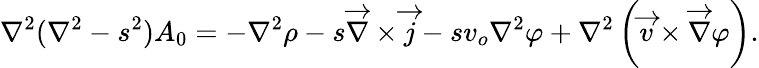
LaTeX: \nabla^{2}(\nabla^{2}-s^{2})A_{0}=-\nabla^{2}\rho-s\overrightarrow{\nabla}\times\overrightarrow{j}-sv_{o}\nabla^{2}\varphi+\nabla^{2}\left(\overrightarrow{v}\times\overrightarrow{\nabla}\varphi\right).